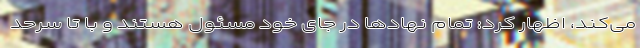
می‌کند، اظهار کرد: تمام نهادها در جای خود مسئول هستند و با تا سرحد